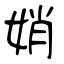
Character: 娋